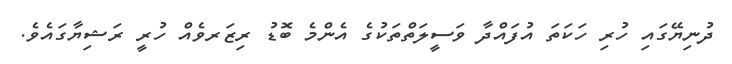
ދުނިޔޭގައި ހުރި ހަކަތަ އުފައްދާ ވަސީލަތްތަކުގެ އެންމެ ބޮޑު ރިޒަރވެއް ހުރީ ރަޝިޔާގައެވެ.